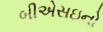
બીએસઇનો